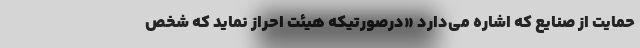
حمایت از صنایع که اشاره می‌دارد «درصورتیکه هیئت احراز نماید که شخص